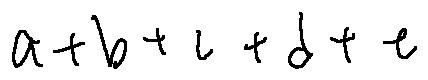
a + b + c + d + e